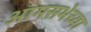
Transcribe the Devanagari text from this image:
आमसभेच्या